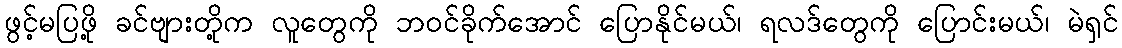
ဖွင့်မပြဖို့ ခင်ဗျားတို့က လူတွေကို ဘဝင်ခိုက်အောင် ပြောနိုင်မယ်၊ ရလဒ်တွေကို ပြောင်းမယ်၊ မဲရှင်